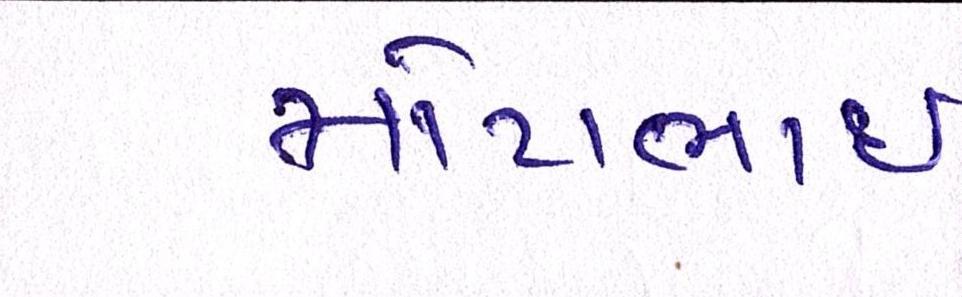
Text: મોટાભાઈ